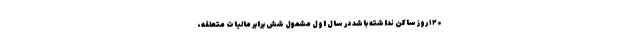
۱۲۰ روز ساکن نداشته باشد در سال اول مشمول شش برابر مالیات متعلقه،